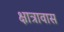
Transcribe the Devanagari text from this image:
क्षात्रावास